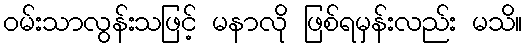
ဝမ်းသာလွန်းသဖြင့် မနာလို ဖြစ်ရမှန်းလည်း မသိ။